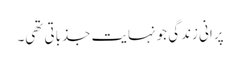
پرانی زندگی جو نہایت جذباتی تھی۔